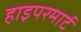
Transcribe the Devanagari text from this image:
हाइपरमार्ट